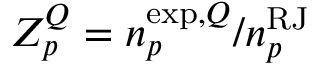
Z _ { p } ^ { Q } = { n } _ { p } ^ { \mathrm { e x p } , Q } / n _ { p } ^ { \mathrm { R J } }